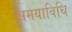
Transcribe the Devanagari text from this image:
समयाविधि